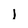
Character: l